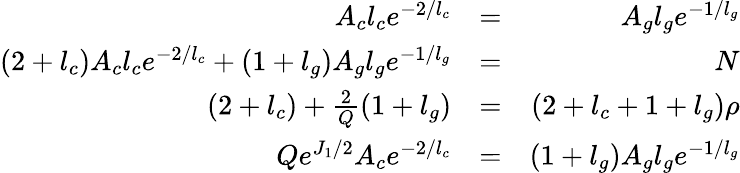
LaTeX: \begin{array}{rlr}{A_{c}l_{c}e^{-2/l_{c}}}&{=}&{A_{g}l_{g}e^{-1/l_{g}}}\\ {(2+l_{c})A_{c}l_{c}e^{-2/l_{c}}+(1+l_{g})A_{g}l_{g}e^{-1/l_{g}}}&{=}&{N}\\ {(2+l_{c})+\frac{2}{Q}(1+l_{g})}&{=}&{(2+l_{c}+1+l_{g})\rho}\\ {Qe^{J_{1}/2}A_{c}e^{-2/l_{c}}}&{=}&{(1+l_{g})A_{g}l_{g}e^{-1/l_{g}}}\end{array}